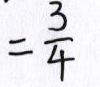
= \frac { 3 } { 4 }